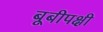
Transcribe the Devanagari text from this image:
बूबीपक्षी